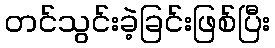
တင်သွင်းခဲ့ခြင်းဖြစ်ပြီး